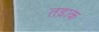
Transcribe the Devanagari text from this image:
तड़ाक